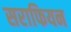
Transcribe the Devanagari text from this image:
सराफियन